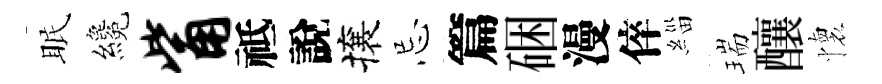
眠纔觜祗說攘忌篇硱漫倅緇瑞釀懷